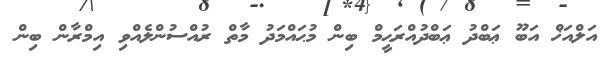
އަލްއަޚް އަބޫ ޢަބްދު ޢަބްދުއްރަޙީމް ބިން މުޙައްމަދު މާތް ރުއްސުންލެއްވި އިމްރާން ބިން